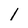
Character: 1